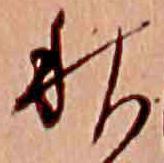
秋